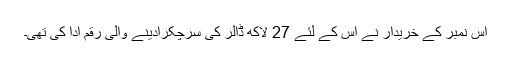
اس نمبر کے خریدار نے اس کے لئے 27 لاکھ ڈالر کی سرچکرادینے والی رقم ادا کی تھی۔